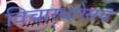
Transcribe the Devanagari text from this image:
विचारधारेसच